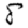
Digit: 8